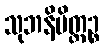
သုဘနိမိတ္တဉ္စ